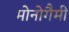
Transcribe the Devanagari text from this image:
मोनोगैमी